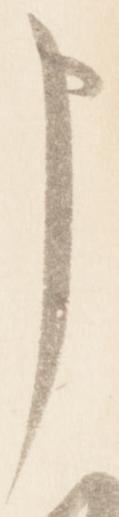
申